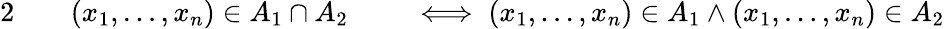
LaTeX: \begin{array}{rlrl}{{2}\quad}&{{}(x_{1},\ldots,x_{n})\in A_{1}\cap A_{2}}&{}&{{}\iff(x_{1},\ldots,x_{n})\in A_{1}\land(x_{1},\ldots,x_{n})\in A_{2}}\end{array}